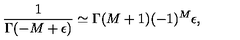
\frac 1 { \Gamma ( - M + \epsilon ) } \simeq \Gamma ( M + 1 ) ( - 1 ) ^ { M } \epsilon ,